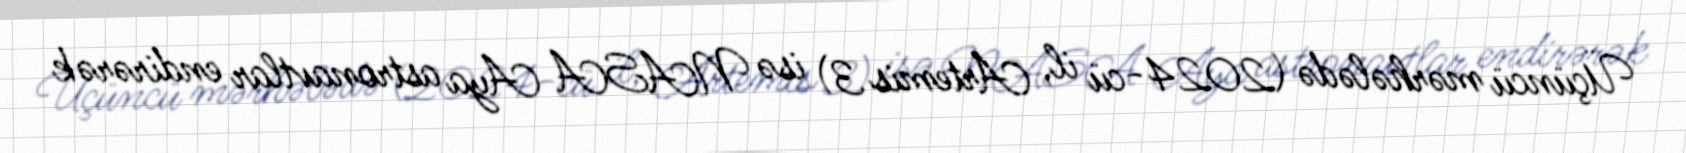
Üçüncü mərhələdə (2024-cü il, Artemis 3) isə NASA Aya astronavtlar endirərək